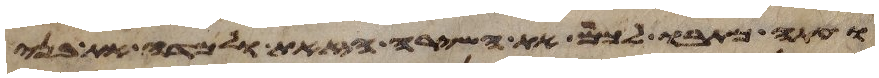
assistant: ועתה כתבו לכם את השירה הזאת ולמדה את בני